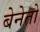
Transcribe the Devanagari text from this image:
बेनेतो